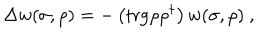
\Delta w ( \sigma , \rho ) = - \left( \mathrm { t r g } \rho \rho ^ { \dagger } \right) w ( \sigma , \rho ) \ ,